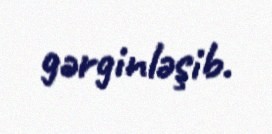
gərginləşib.